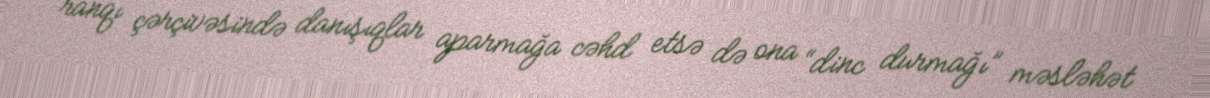
ranqı çərçivəsində danışıqlar aparmağa cəhd etsə də ona “dinc durmağı” məsləhət